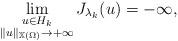
LaTeX: \begin{align*} \lim_{ \substack{u \in H_{k} \\ \| u\|_{\mathbb{X}(\Omega)} \to + \infty} } J_{\lambda_k} (u)= -\infty, \end{align*}